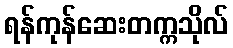
ရန်ကုန်ဆေးတက္ကသိုလ်